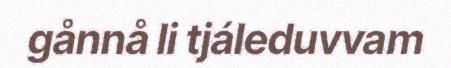
gånnå li tjáleduvvam